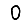
Digit: 0